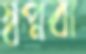
স্বপ্নবা